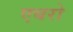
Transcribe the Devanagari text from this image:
एबरो